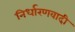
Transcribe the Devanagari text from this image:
निर्धारणवादी